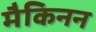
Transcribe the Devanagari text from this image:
मैकिनन